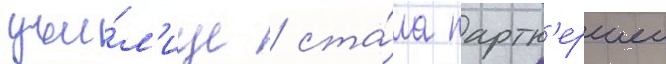
учи́л'ище / ста́ла партн'ершеи